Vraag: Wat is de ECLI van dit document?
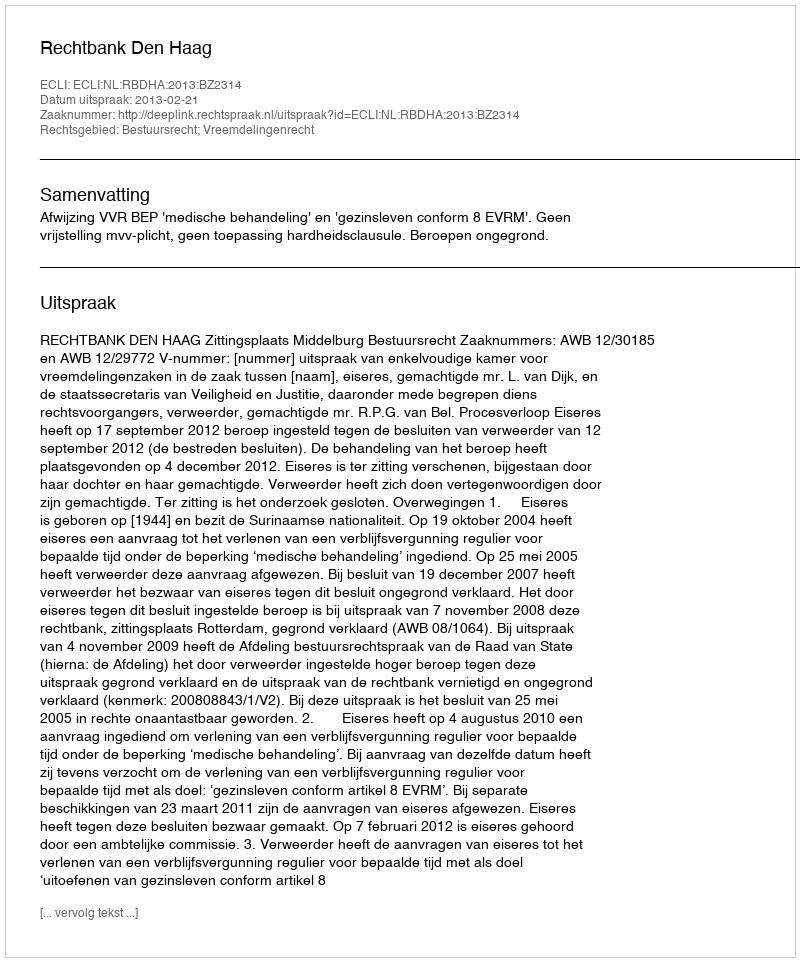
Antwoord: ECLI:NL:RBDHA:2013:BZ2314